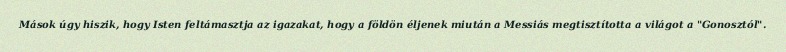
Mások úgy hiszik, hogy Isten feltámasztja az igazakat, hogy a földön éljenek miután a Messiás megtisztította a világot a "Gonosztól".